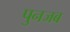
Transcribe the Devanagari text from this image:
पुनजब